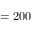
= 2 0 0